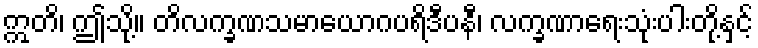
ဣတိ၊ ဤသို့။ တိလက္ခဏသမာယောဂပရိဒီပနီ၊ လက္ခဏာရေးသုံးပါးတို့နှင့်